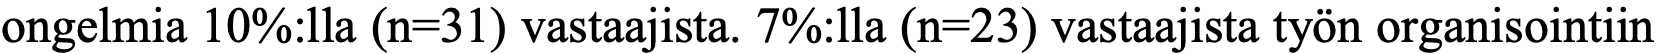
ongelmia 10%:lla (n=31) vastaajista. 7%:lla (n=23) vastaajista työn organisointiin